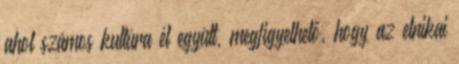
ahol számos kultúra él együtt, megﬁgyelhető, hogy az etnikai